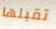
تقبلها